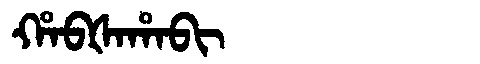
Manchu: ᡥᠠᠪᡧᠠᡥᠠᠪᡳ
Romanization: HABŠAHABI